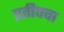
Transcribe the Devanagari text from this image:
प्रतीपचा